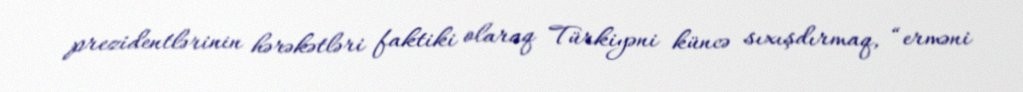
prezidentlərinin hərəkətləri faktiki olaraq Türkiyəni küncə sıxışdırmaq, “erməni